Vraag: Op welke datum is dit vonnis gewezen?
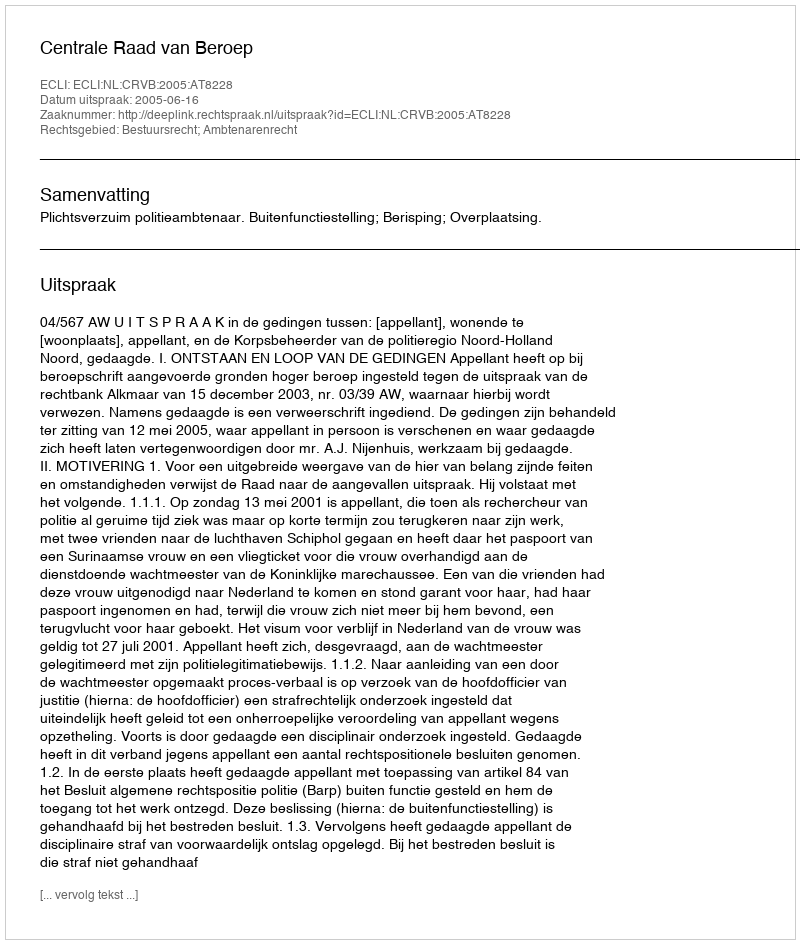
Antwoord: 2005-06-16